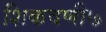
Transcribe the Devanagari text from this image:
शिकवणी७